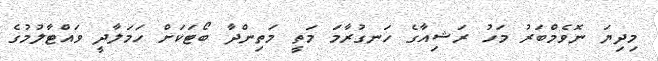
މިދިޔަ ނޮވެމްބަރު މަހު ރަޝިއާގެ ހަނގުރާމަ މަތީ މަތިންދާ ބޯޓަކަށް ހަމަލާދީ ވައްޓާލުމުގެ